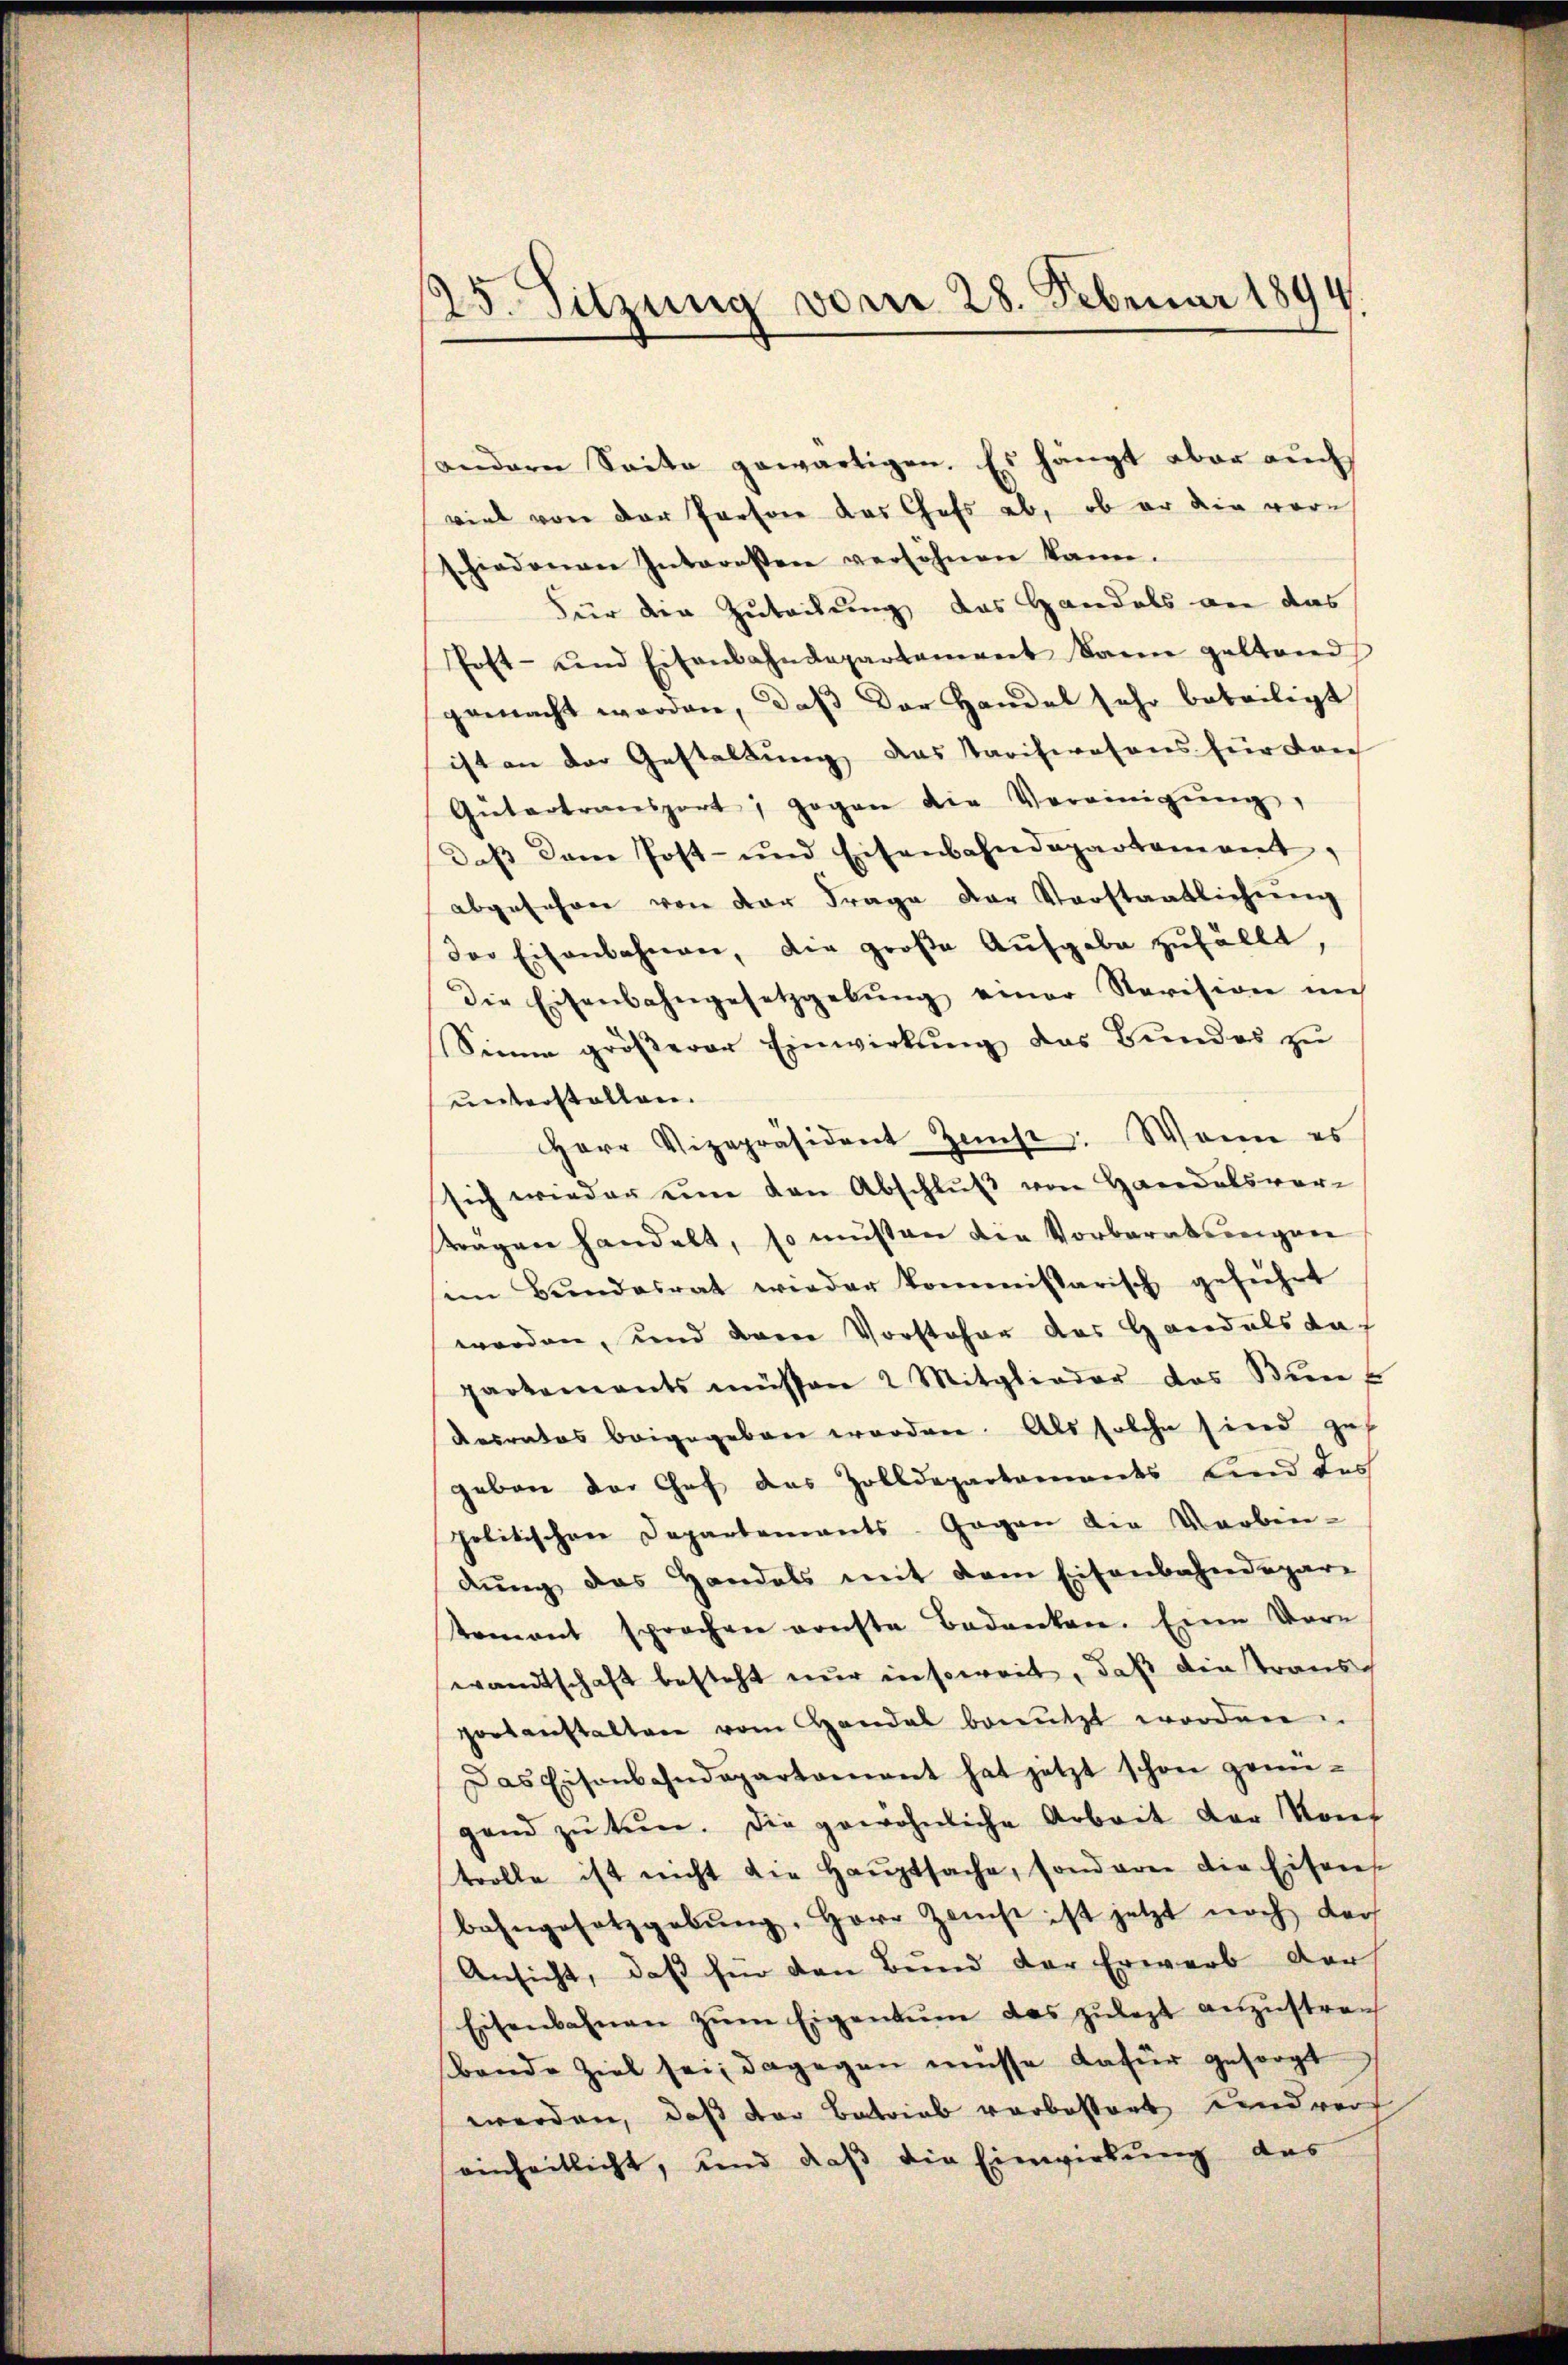
25. Sitzung vom 28. Februar 1894.

(andern Seite gewärtigen. Es hängt aber auch
viel von der Persone das Chefs ab, ob er die vorschiedenen Interosen versöhnen kann.
Für die Zuteilung das Handels an das
Post- und Eisenbahndepartement dann geltend
gemacht worden, daß der Handel sehr beteiligt
ist an der Gestellung das Taschwesens für dan
Gütertransport, gegen die Vereinigŭng,
daβ dem Post- und Eisenbahndepartament,
abgesehen von der Frage der Vorstaatlichŭng
der Eisenbahnen, die große Aufgabe zufällt,
die Eisenbahngesetzgebŭng einer Revision im
Sinne gröβerer Einwirkŭng das Bundes zu
unterstalten.
Herr Vizepräsident Zinse. Wenn es
sich wieder eine von Abschlŭβ von Handelsvor-
tragen handelt, so müßten die Vorberatungen
im Bundesrat wieder kommissarisch geführt
worden, und dann Vorsteher das Handals dapartements müssen 2 Mitglieder das Kuns
desrates beigegeben erorden. Als solche sind zu
geben der Chef das Zolldepartements Kind des
politischen Departements. Gegen die Vorben-
dung das Handels mit dem Eisenbahndepar-
tement sprechen vonste Bedanken. Eine Vorwandtschaft besteht nur insoweit, daß die Transportanstalten vom Handal benutzt worden.
Das Eisenbahndepartamant hat jetzt schon gei-
gend zu tun. Die gewöhnliche Arbeit der Konf
trolle ist nicht die Haŭptsache, sonderen die Eisens
bahngesetzgebŭng. Herr Zamst ist jetzt noch dach
Ansicht, daß für den Bund der Erwarb der
Eisenbahnen zŭm Eigentum das zulezt anzustren
bende Ziel sei; dagegen müsse dafür gesorgt
werden, daß der Betrieb vorbessert und vor
einheitlicht, und daß die Einwirkung des